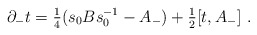
\begin{align*}\partial_-t = {\textstyle{\frac14}}(s_0Bs_0^ {-1}-A_-) +{\textstyle{\frac12}}[t,A_-]\ .\end{align*}